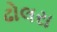
ઢોલરા